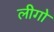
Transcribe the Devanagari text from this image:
लीगो